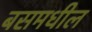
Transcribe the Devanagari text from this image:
बसमधील